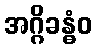
အဂ္ဂိခန္ဓံဝ